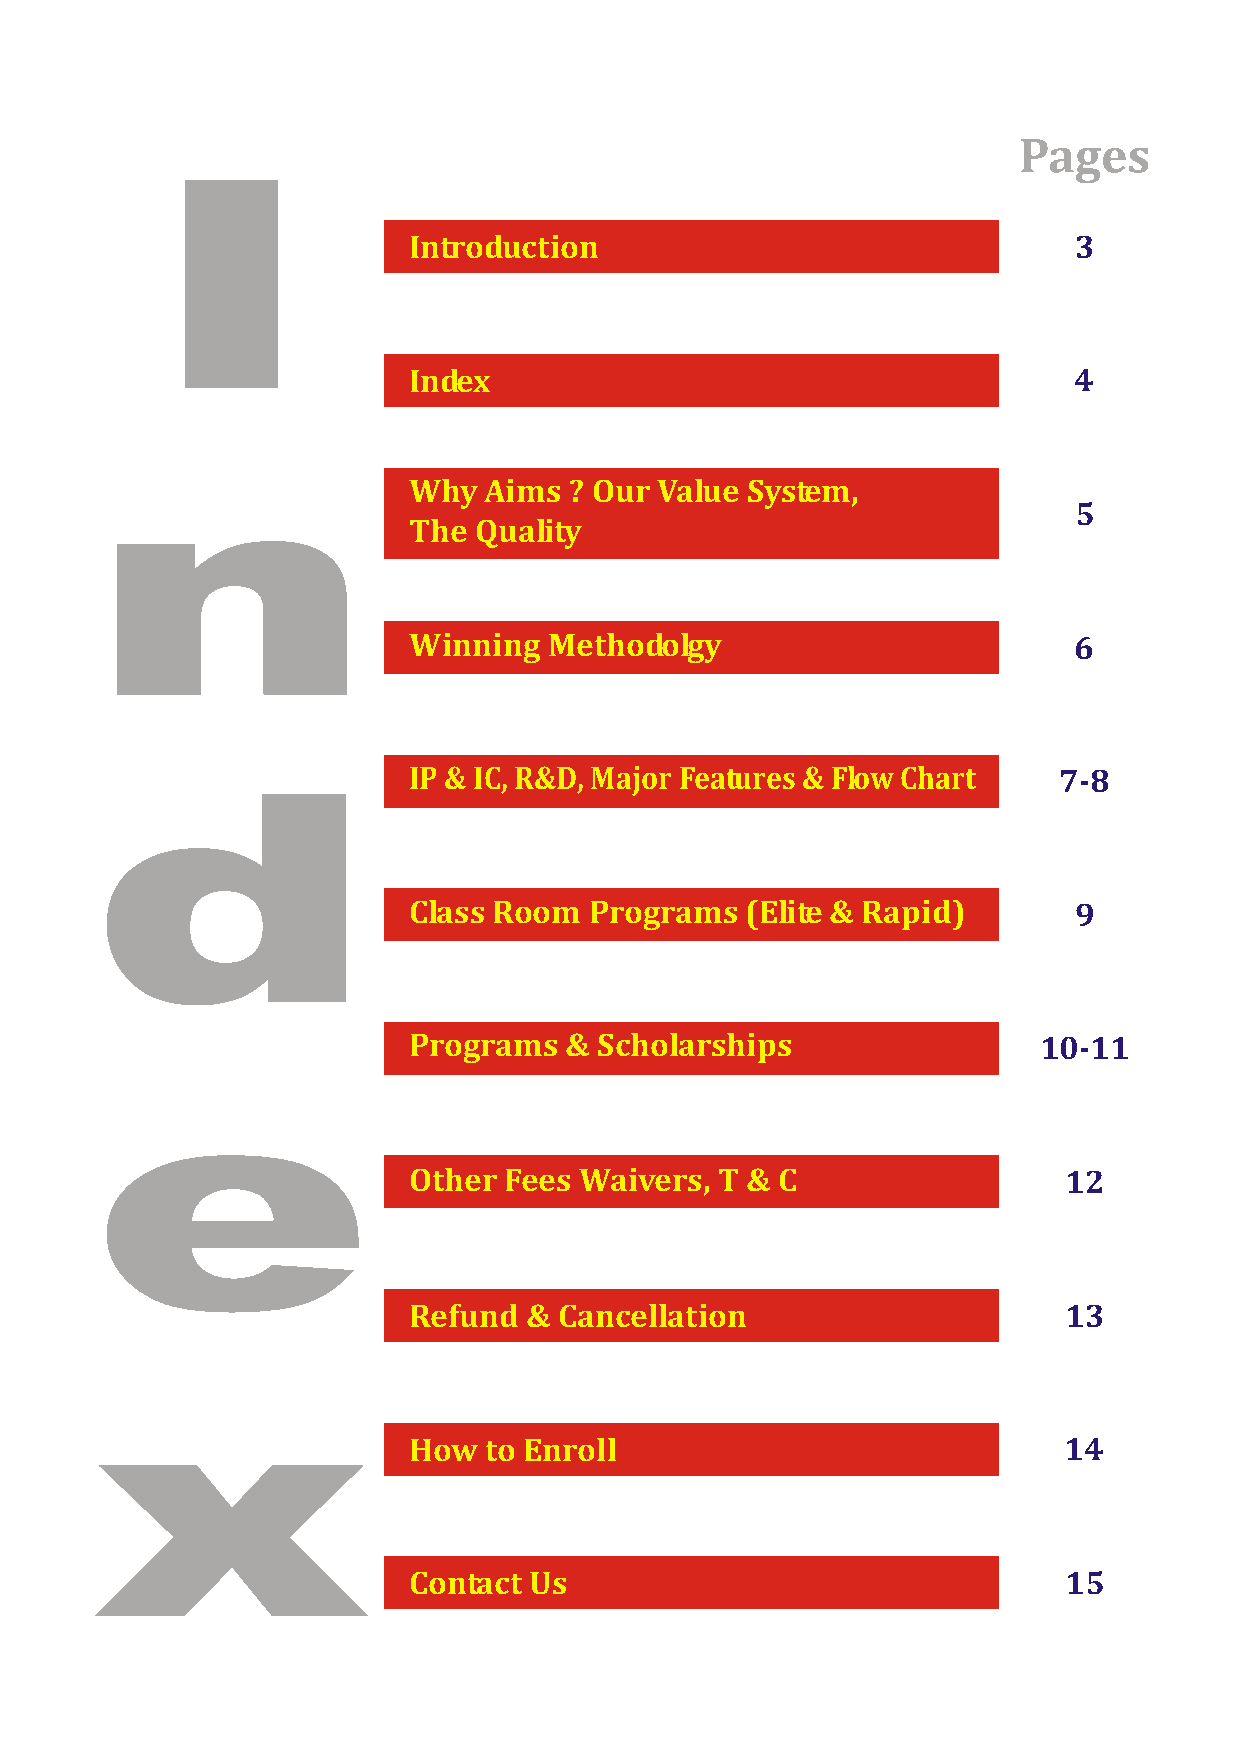
Pages
 I
 Introduction                                3
 Index                                       4
 n
 Why  Aims  ? Our Value System,
 5
 The Quality
 Winning  Methodolgy                         6
 IP & IC, R&D, Major Features & Flow Chart  7-8
 d
 Class Room  Programs  (Elite & Rapid)       9
 Programs  &  Scholarships                 10-11
 e
 Other Fees Waivers,  T & C                  12
 Refund  & Cancellation                      13
 x
 How  to Enroll                             14
 Contact Us                                 15